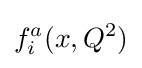
f_{i}^{a}(x,Q^{2})